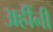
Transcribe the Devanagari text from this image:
अहींनी